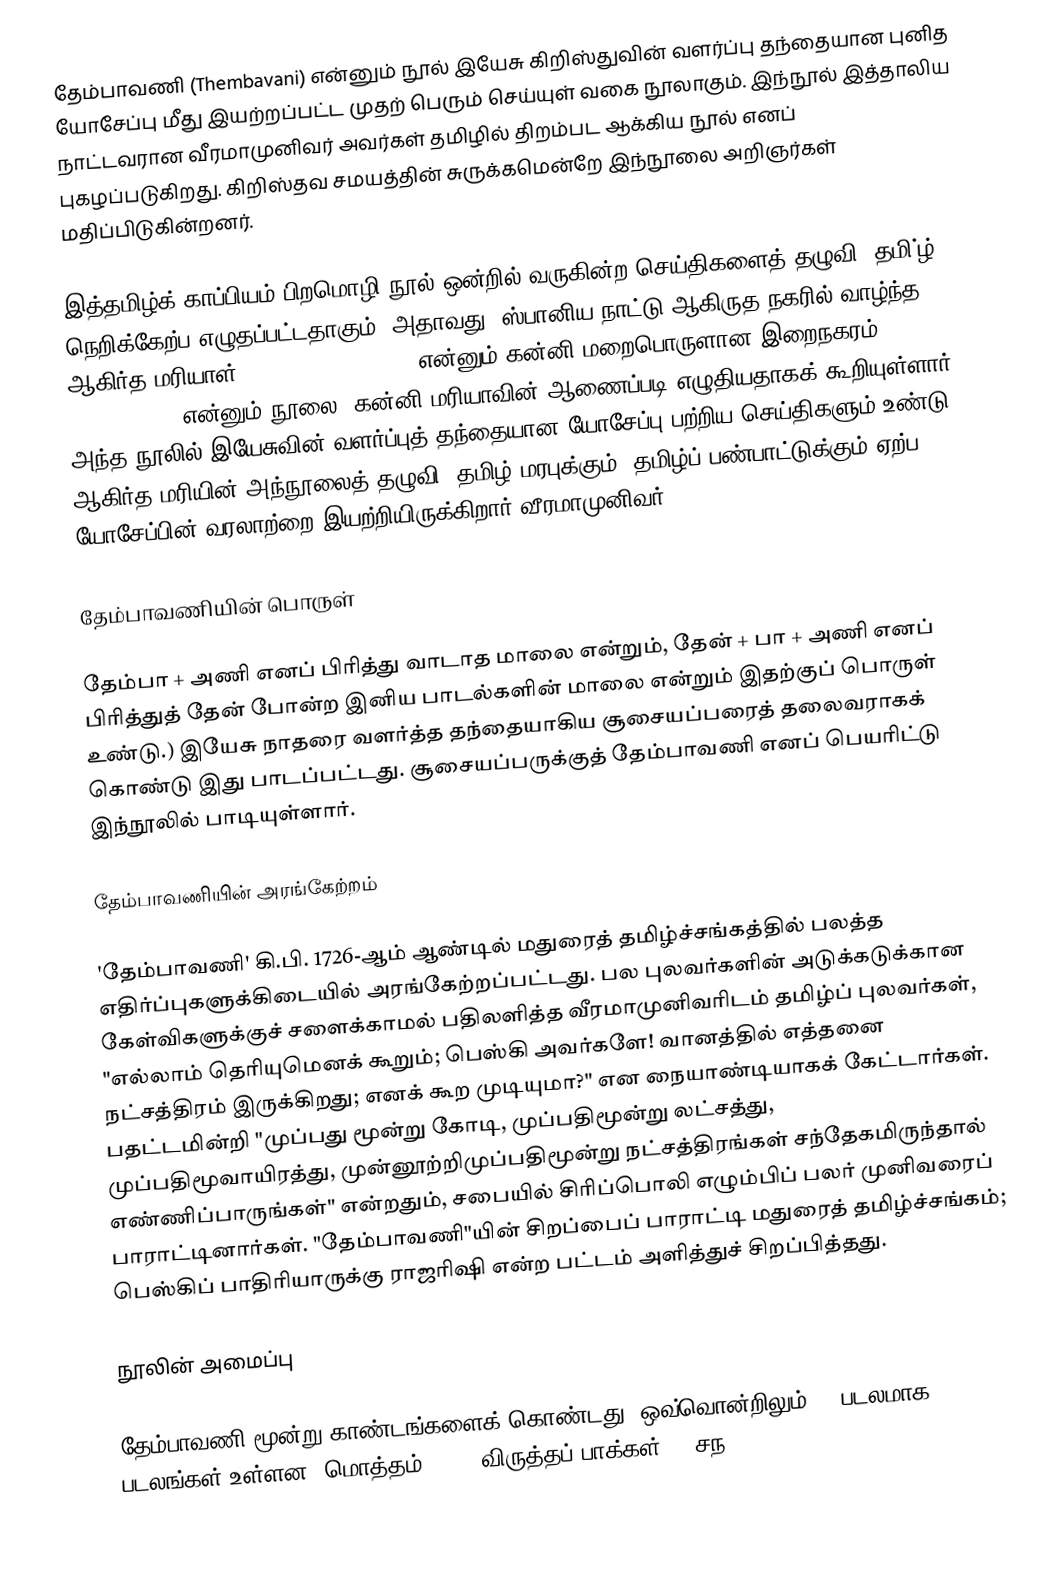
தேம்பாவணி (Thembavani) என்னும் நூல் இயேசு கிறிஸ்துவின் வளர்ப்பு தந்தையான புனித யோசேப்பு மீது இயற்றப்பட்ட முதற் பெரும் செய்யுள் வகை நூலாகும். இந்நூல்  இத்தாலிய நாட்டவரான வீரமாமுனிவர்  அவர்கள் தமிழில் திறம்பட ஆக்கிய நூல் எனப் புகழப்படுகிறது. கிறிஸ்தவ சமயத்தின் சுருக்கமென்றே இந்நூலை அறிஞர்கள் மதிப்பிடுகின்றனர்.

இத்தமிழ்க் காப்பியம் பிறமொழி நூல் ஒன்றில் வருகின்ற செய்திகளைத் தழுவி, தமி்ழ் நெறிக்கேற்ப எழுதப்பட்டதாகும். அதாவது, ஸ்பானிய நாட்டு ஆகிருத நகரில் வாழ்ந்த ஆகிர்த மரியாள் (Maríyal de Ágreda) என்னும் கன்னி மறைபொருளான இறைநகரம் (Mystical City of God) என்னும் நூலை, கன்னி மரியாவின் ஆணைப்படி எழுதியதாகக் கூறியுள்ளார். அந்த நூலில் இயேசுவின் வளர்ப்புத் தந்தையான யோசேப்பு பற்றிய செய்திகளும் உண்டு. ஆகிர்த மரியின் அந்நூலைத் தழுவி, தமிழ் மரபுக்கும், தமிழ்ப் பண்பாட்டுக்கும் ஏற்ப யோசேப்பின் வரலாற்றை இயற்றியிருக்கிறார் வீரமாமுனிவர்.

தேம்பாவணியின் பொருள்

தேம்பா + அணி எனப் பிரித்து வாடாத மாலை என்றும், தேன் + பா + அணி எனப் பிரித்துத் தேன் போன்ற இனிய பாடல்களின் மாலை என்றும் இதற்குப் பொருள் உண்டு.) இயேசு நாதரை வளர்த்த தந்தையாகிய சூசையப்பரைத் தலைவராகக் கொண்டு இது பாடப்பட்டது.  சூசையப்பருக்குத் தேம்பாவணி எனப் பெயரிட்டு இந்நூலில் பாடியுள்ளார்.

தேம்பாவணியின் அரங்கேற்றம்

'தேம்பாவணி' கி.பி. 1726-ஆம் ஆண்டில் மதுரைத் தமிழ்ச்சங்கத்தில் பலத்த எதிர்ப்புகளுக்கிடையில் அரங்கேற்றப்பட்டது. பல புலவர்களின் அடுக்கடுக்கான கேள்விகளுக்குச் சளைக்காமல் பதிலளித்த வீரமாமுனிவரிடம் தமிழ்ப் புலவர்கள், "எல்லாம் தெரியுமெனக் கூறும்; பெஸ்கி அவர்களே! வானத்தில் எத்தனை நட்சத்திரம் இருக்கிறது; எனக் கூற முடியுமா?" என நையாண்டியாகக் கேட்டார்கள். பதட்டமின்றி "முப்பது மூன்று கோடி, முப்பதிமூன்று லட்சத்து, முப்பதிமூவாயிரத்து, முன்னூற்றிமுப்பதிமூன்று நட்சத்திரங்கள் சந்தேகமிருந்தால் எண்ணிப்பாருங்கள்" என்றதும், சபையில் சிரிப்பொலி எழும்பிப் பலர் முனிவரைப் பாராட்டினார்கள். "தேம்பாவணி"யின் சிறப்பைப் பாராட்டி மதுரைத் தமிழ்ச்சங்கம்; பெஸ்கிப் பாதிரியாருக்கு ராஜரிஷி என்ற பட்டம் அளித்துச் சிறப்பித்தது.

நூலின் அமைப்பு

தேம்பாவணி மூன்று காண்டங்களைக் கொண்டது. ஒவ்வொன்றிலும் 12 படலமாக 36 படலங்கள் உள்ளன. மொத்தம் 3,615 விருத்தப் பாக்கள் 90 சந